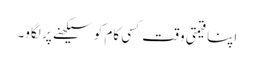
اپنا قیمتی وقت کسی کام کو سیکھنے پر لگاو۔